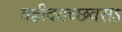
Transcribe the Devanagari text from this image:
यद्दीदयच्छवसऽ